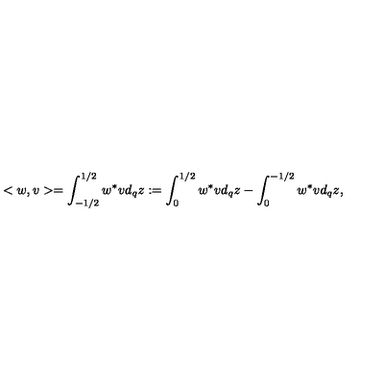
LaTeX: < w , v > = \int _ { - 1 / 2 } ^ { 1 / 2 } w ^ { * } v d _ { q } z : = \int _ { 0 } ^ { 1 / 2 } w ^ { * } v d _ { q } z - \int _ { 0 } ^ { - 1 / 2 } w ^ { * } v d _ { q } z ,